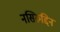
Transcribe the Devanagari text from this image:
नसिरुद्दिन